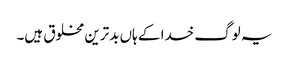
یہ لوگ خدا کے ہاں بدترین مخلوق ہیں۔